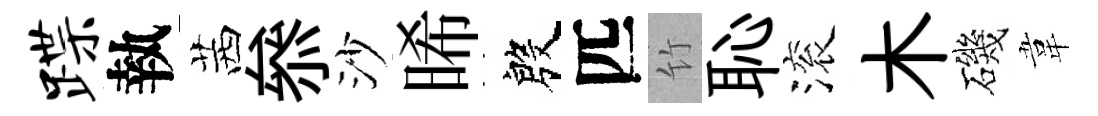
蹀執茜叅沙晞殷匹竹恥滚木磯韋